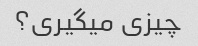
چیزی میگیری؟